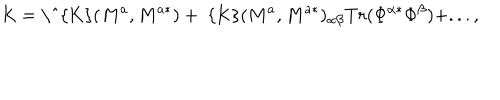
\mathrm { K } = \mathrm { \ ^ { K } } ( M ^ { a } , M ^ { a * } ) + \mathrm { ~ { K } } ( M ^ { a } , M ^ { a * } ) _ { \alpha \beta } T r ( \Phi ^ { \alpha * } \Phi ^ { \beta } ) + . . . ,